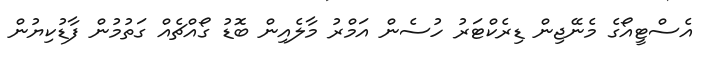
އެސްޓީއޯގެ މެނޭޖިން ޑިރެކްޓަރު ހުސެން އަމްރު މާލެއިން ބޮޑު ގޯއްޗެއް ގަތުމުން ފާޑުކިޔުން